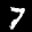
Label: 7